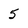
Character: 5